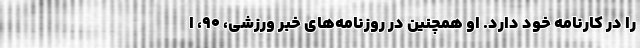
را در کارنامه خود دارد. او همچنین در روزنامه‌های خبر ورزشی، ۹۰، ا